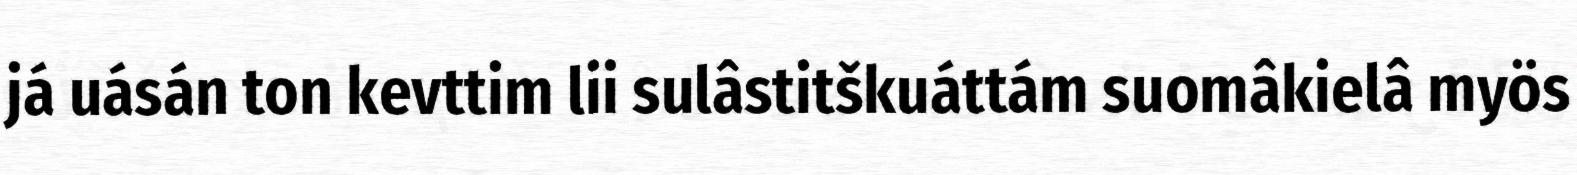
já uásán ton kevttim lii sulâstitškuáttám suomâkielâ myös